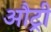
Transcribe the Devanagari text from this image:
औट्री